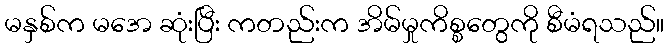
မနှစ်က မအေ ဆုံးပြီး ကတည်းက အိမ်မှုကိစ္စတွေကို စီမံရသည်။